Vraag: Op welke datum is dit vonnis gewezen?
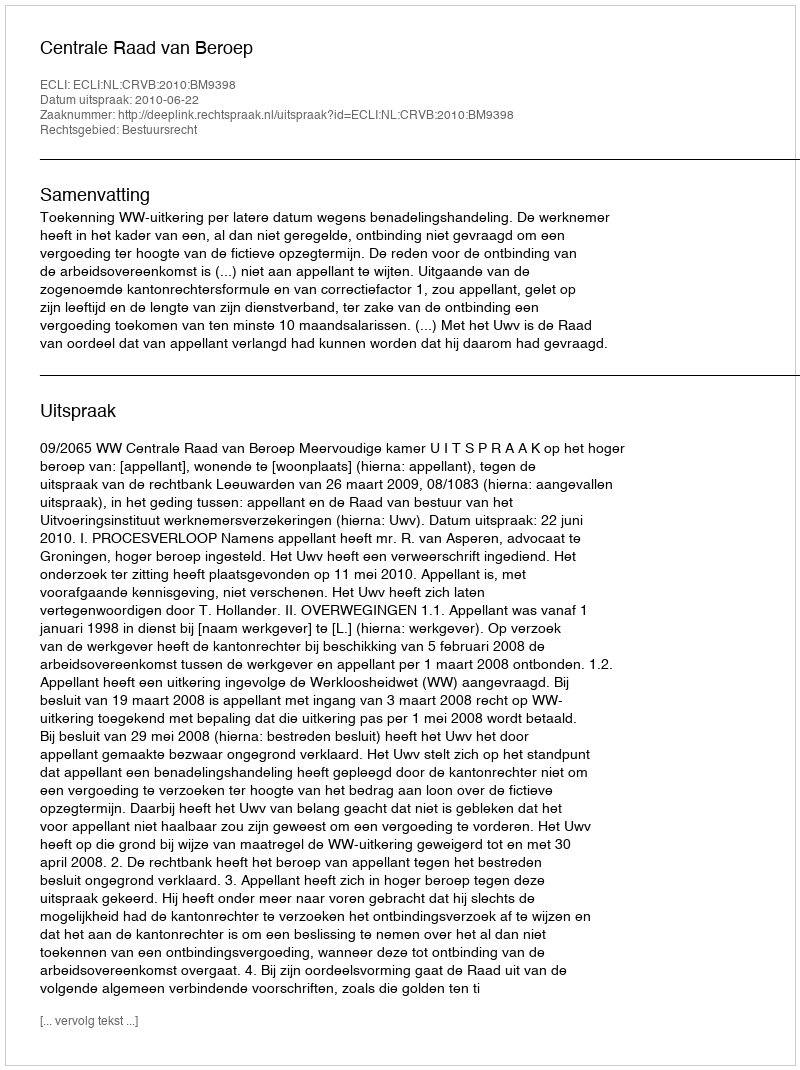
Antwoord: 2010-06-22